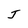
Character: J